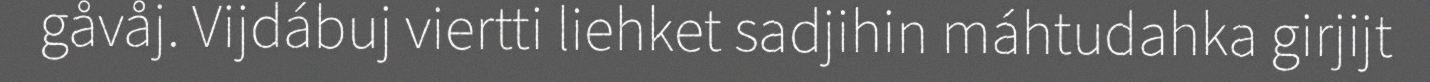
gåvåj. Vijdábuj viertti liehket sadjihin máhtudahka girjijt